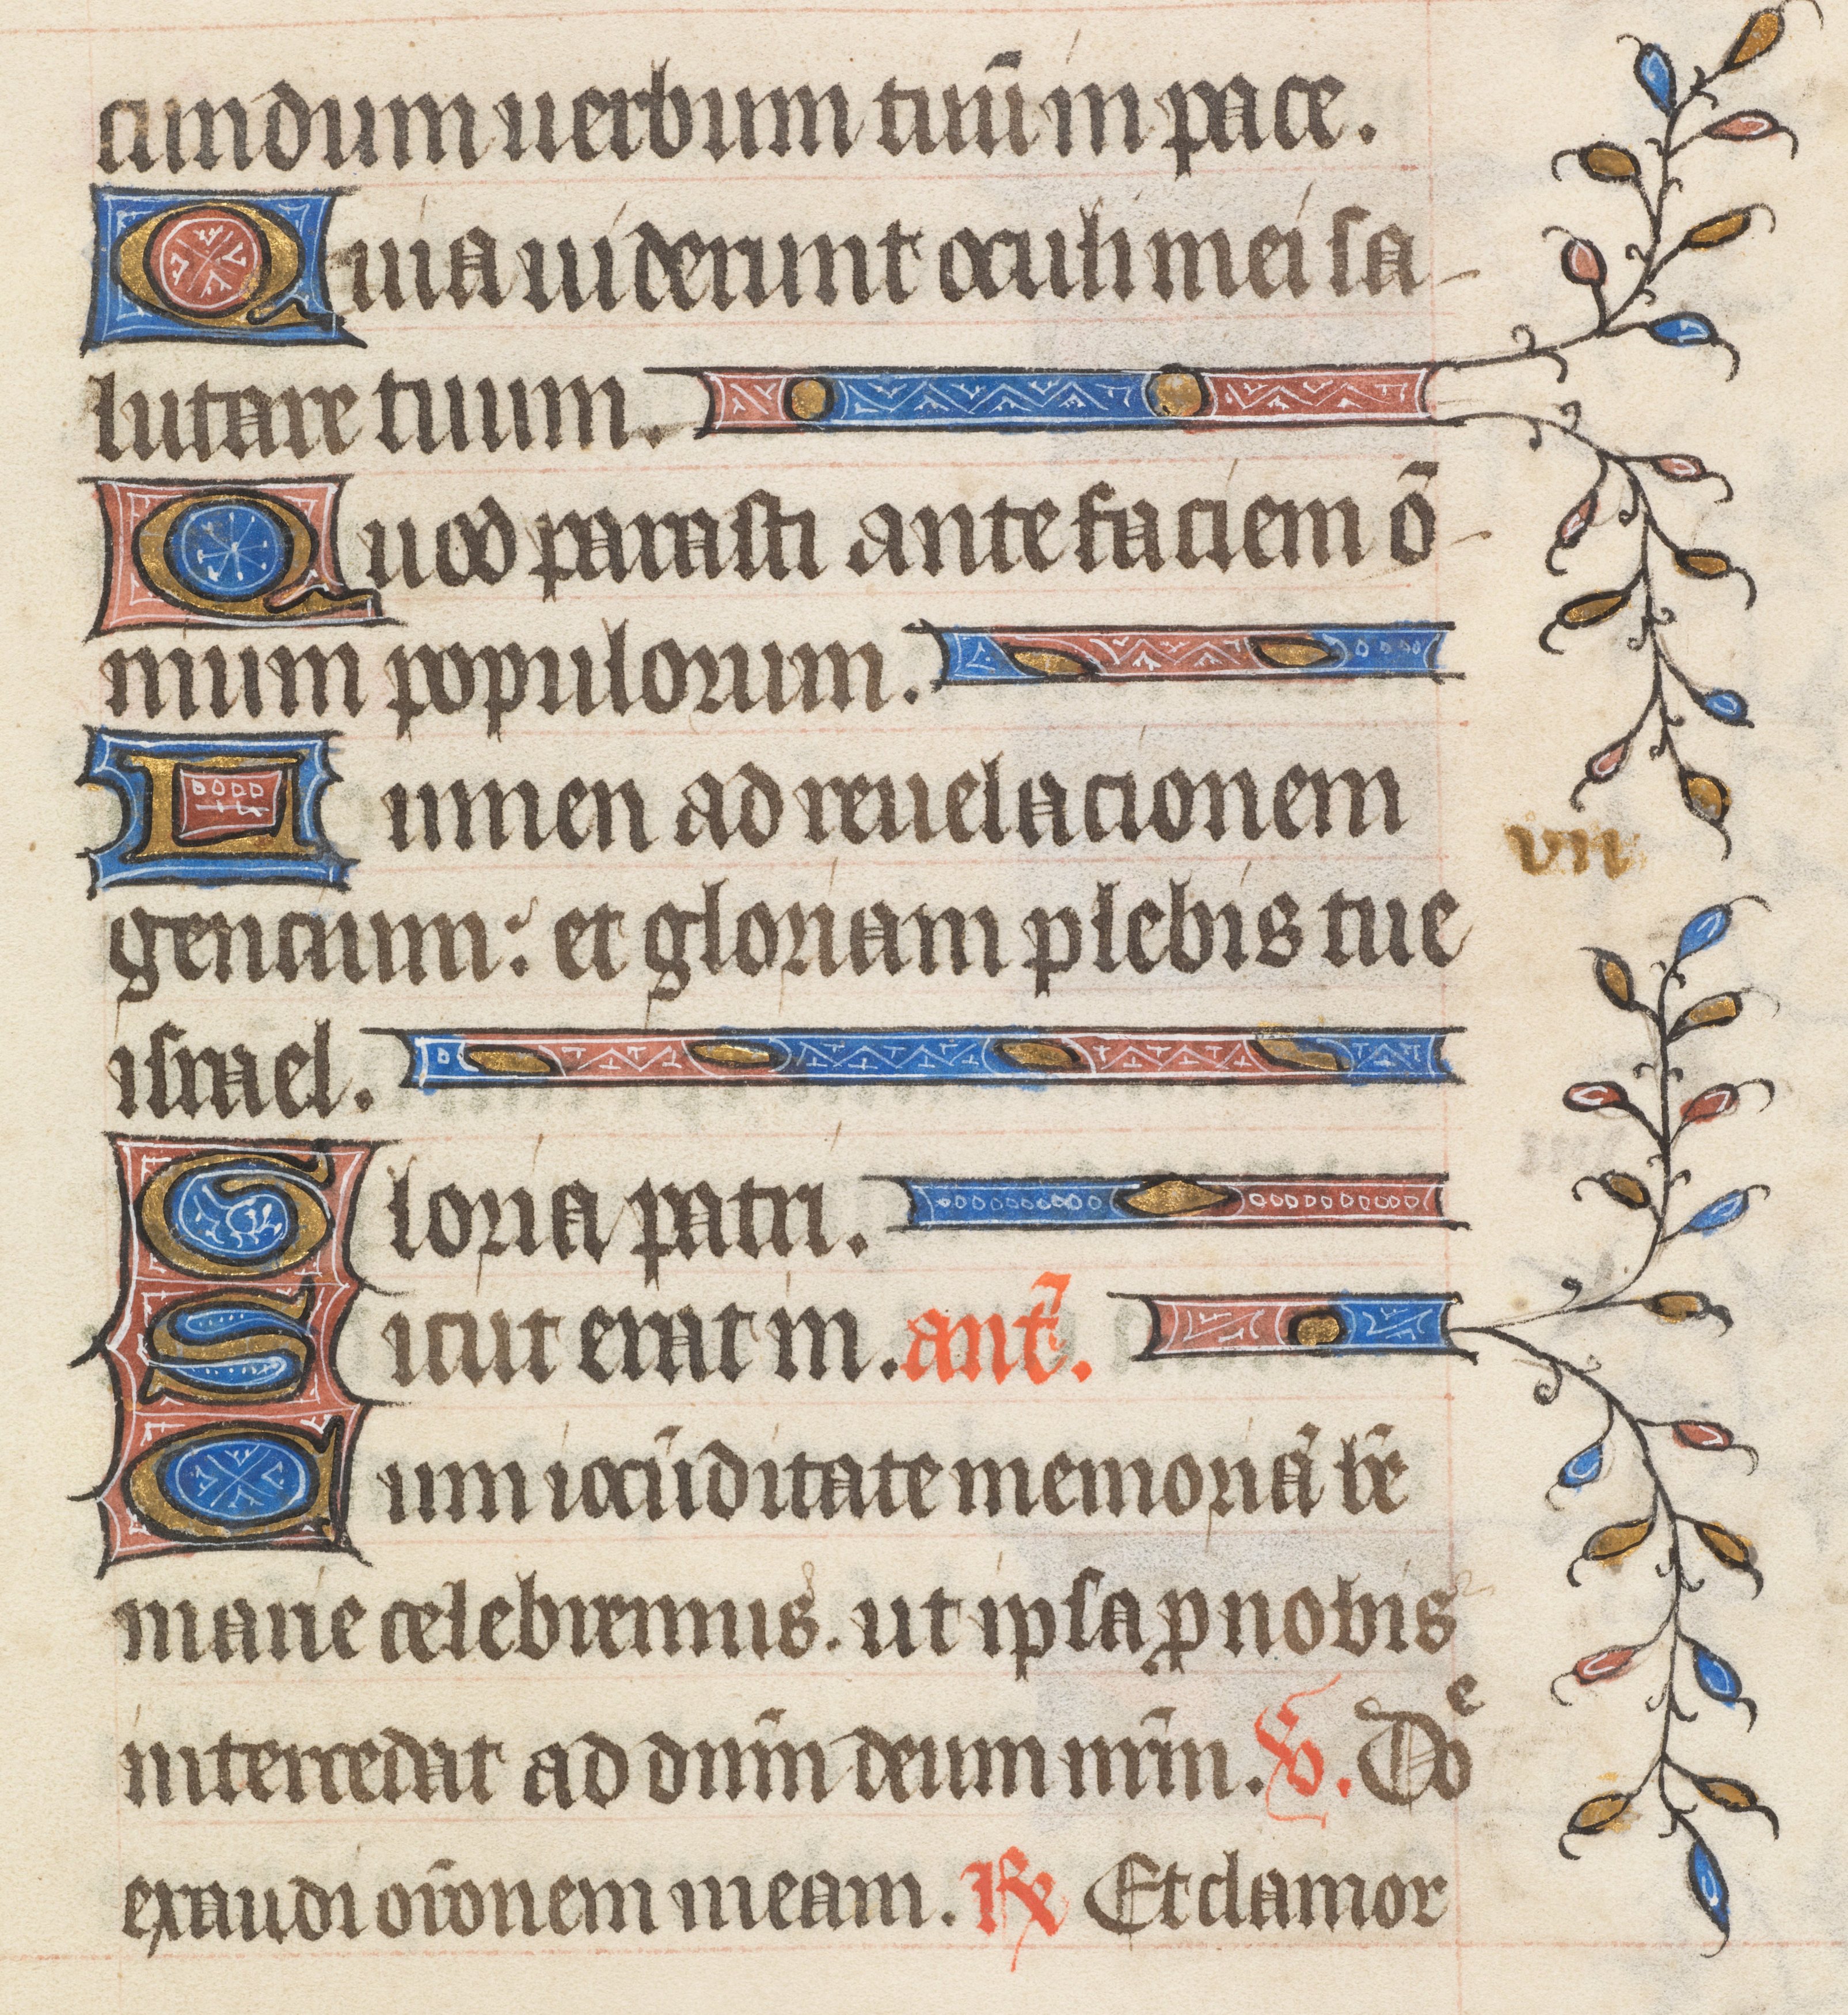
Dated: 1395–1425